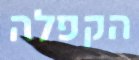
הקפלה